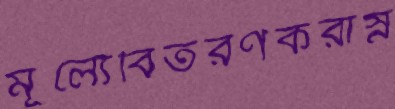
মূল্যেবিতরণকরাস্ন